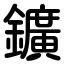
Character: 鑛